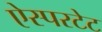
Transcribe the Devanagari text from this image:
ऐस्परटेट